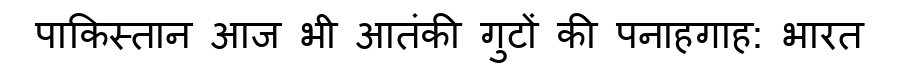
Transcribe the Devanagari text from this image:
पाकिस्तान आज भी आतंकी गुटों की पनाहगाह: भारत